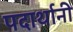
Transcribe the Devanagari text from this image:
पदार्थानी